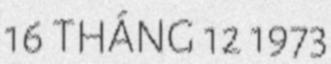
16 THÁNG 12 1973